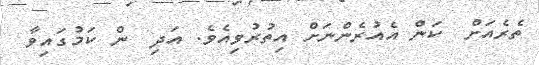
ތެރެއަށް  ކަން އެއުރެންނަށް އިތުރުވިއެވެ. އަދި  ން ކަމުގައިވާ